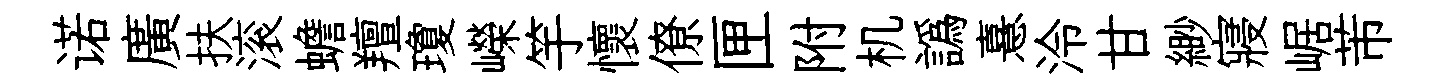
诺廣扶滚蟾羶瓊嶸竽懷僚匣附机譌憙泠甘緲寢崌芾